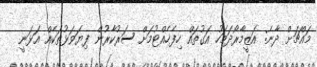
މައްޗަށް ދާނެ: އަޒީމާރޯދަމަހު އަގުތައް ހިފެހެއްޓުމަށް ސަރުކާރުން ފިޔަވަޅުތަކެއް އަޅަނީ